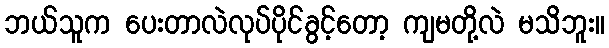
ဘယ်သူက ပေးတာလဲလုပ်ပိုင်ခွင့်တော့ ကျမတို့လဲ မသိဘူး။